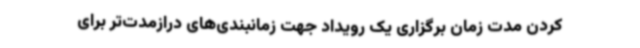
کردن مدت زمان برگزاری یک رویداد جهت زمانبندی‌های درازمدت‌تر برای